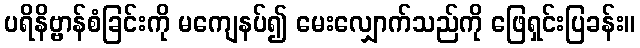
ပရိနိဗ္ဗာန်စံခြင်းကို မကျေနပ်၍ မေးလျှောက်သည်ကို ဖြေရှင်းပြခန်း။